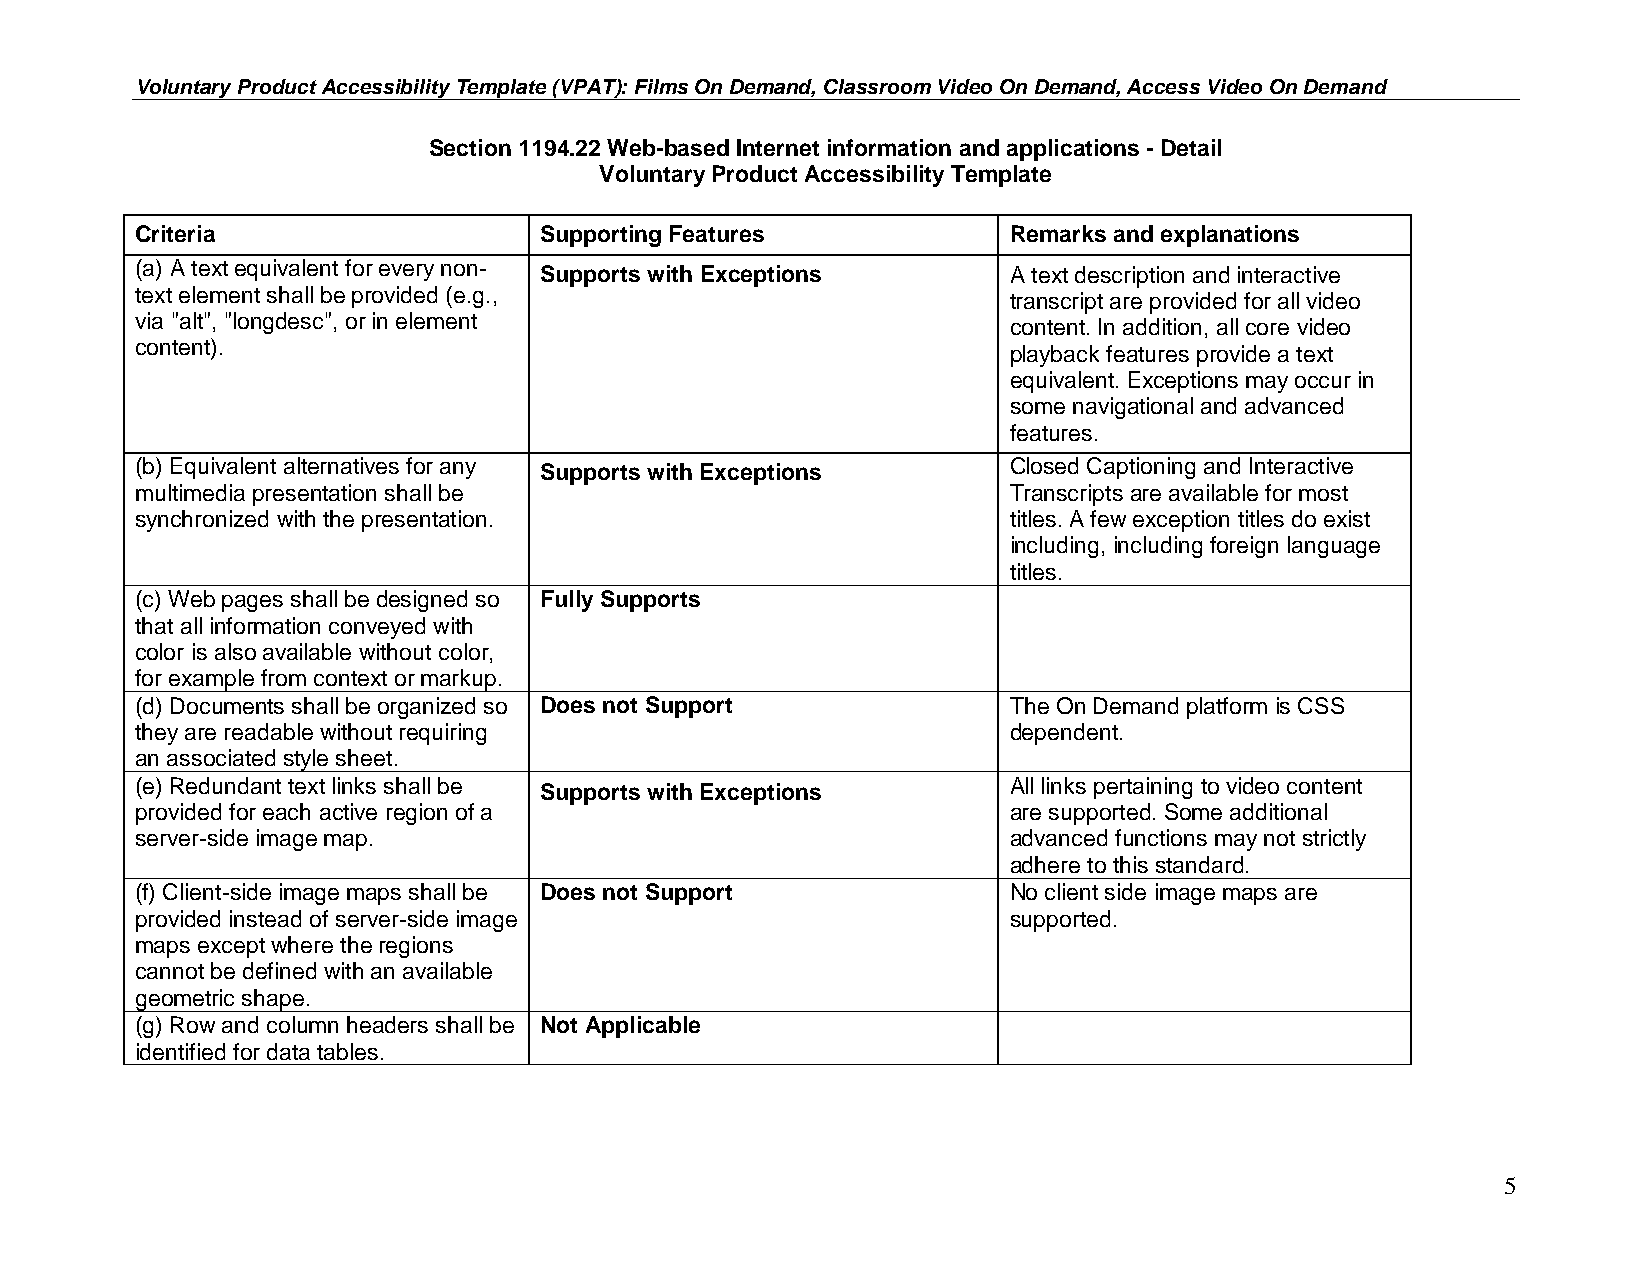
Voluntary Product Accessibility Template (VPAT): Films On Demand, Classroom Video On Demand, Access Video On Demand
 Section 1194.22 Web-based Internet information and applications - Detail
 Voluntary Product Accessibility Template
 Criteria                   Supporting Features            Remarks and explanations
 (a) A text equivalent for every non- Supports with Exceptions A text description and interactive
 text element shall be provided (e.g.,                     transcript are provided for all video
 via "alt", "longdesc", or in element                      content. In addition, all core video
 content).                                                 playback features provide a text
 equivalent. Exceptions may occur in
 some navigational and advanced
 features.
 (b) Equivalent alternatives for any Supports with Exceptions Closed Captioning and Interactive
 multimedia presentation shall be                          Transcripts are available for most
 synchronized with the presentation.                       titles. A few exception titles do exist
 including, including foreign language
 titles.
 (c) Web pages shall be designed so Fully Supports
 that all information conveyed with
 color is also available without color,
 for example from context or markup.
 (d) Documents shall be organized so Does not Support      The On Demand platform is CSS
 they are readable without requiring                       dependent.
 an associated style sheet.
 (e) Redundant text links shall be Supports with Exceptions All links pertaining to video content
 provided for each active region of a                      are supported. Some additional
 server-side image map.                                    advanced functions may not strictly
 adhere to this standard.
 (f) Client-side image maps shall be Does not Support      No client side image maps are
 provided instead of server-side image                     supported.
 maps except where the regions
 cannot be defined with an available
 geometric shape.
 (g) Row and column headers shall be Not Applicable
 identified for data tables.
 5